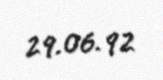
29.06.92